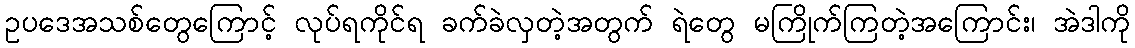
ဥပဒေအသစ်တွေကြောင့် လုပ်ရကိုင်ရ ခက်ခဲလှတဲ့အတွက် ရဲတွေ မကြိုက်ကြတဲ့အကြောင်း၊ အဲဒါကို